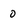
Character: 0